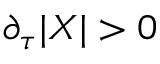
\partial _ { \tau } | X | > 0